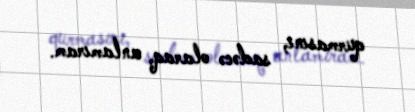
qurmasını, sadəcə olaraq, anlamıram.